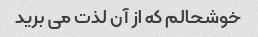
خوشحالم که از آن لذت می برید